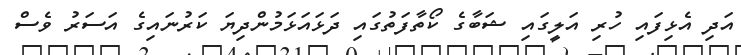
އަދި އެޅިފައި ހުރި އަލީގައި ޝަބާގެ ކޯތާފަތުގައި ދަޅައަޅަމުންދިޔަ ކަރުނައިގެ އަސަރު ވެސް